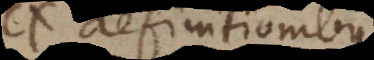
Ex definitionibus